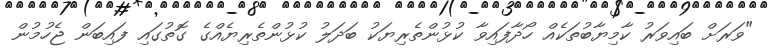
"ވަރަށް ބައިވަރު ކާމިޔާބުތަކެއް ހޯދާފައިވާ ކުޅުންތެރިޔަކު ބަދަލު ކުޅުންތެރިޔެއްގެ ގޮތުގައި ފައިބަން ޖެހުމުން